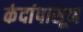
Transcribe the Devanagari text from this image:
कंदांपासून